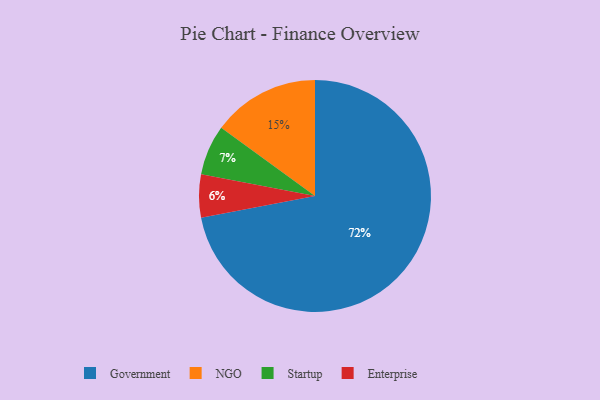
{"axis": {"x": "Category", "y": "Percentage"}, "legend": ["Enterprise", "Government", "NGO", "Startup"], "data": [{"x": "Enterprise", "y": 6, "type": "Enterprise"}, {"x": "NGO", "y": 15, "type": "NGO"}, {"x": "Government", "y": 72, "type": "Government"}, {"x": "Startup", "y": 7, "type": "Startup"}]}